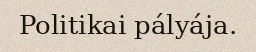
Politikai pályája.